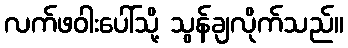
လက်ဖဝါးပေါ်သို့ သွန်ချလိုက်သည်။